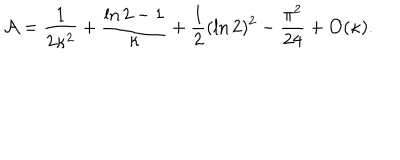
{ \cal A } = { \frac { 1 } { 2 \kappa ^ { 2 } } } + { \frac { \ln 2 - 1 } { \kappa } } + { \frac { 1 } { 2 } } ( \ln 2 ) ^ { 2 } - { \frac { \pi ^ { 2 } } { 2 4 } } + { \cal O } ( \kappa ) .